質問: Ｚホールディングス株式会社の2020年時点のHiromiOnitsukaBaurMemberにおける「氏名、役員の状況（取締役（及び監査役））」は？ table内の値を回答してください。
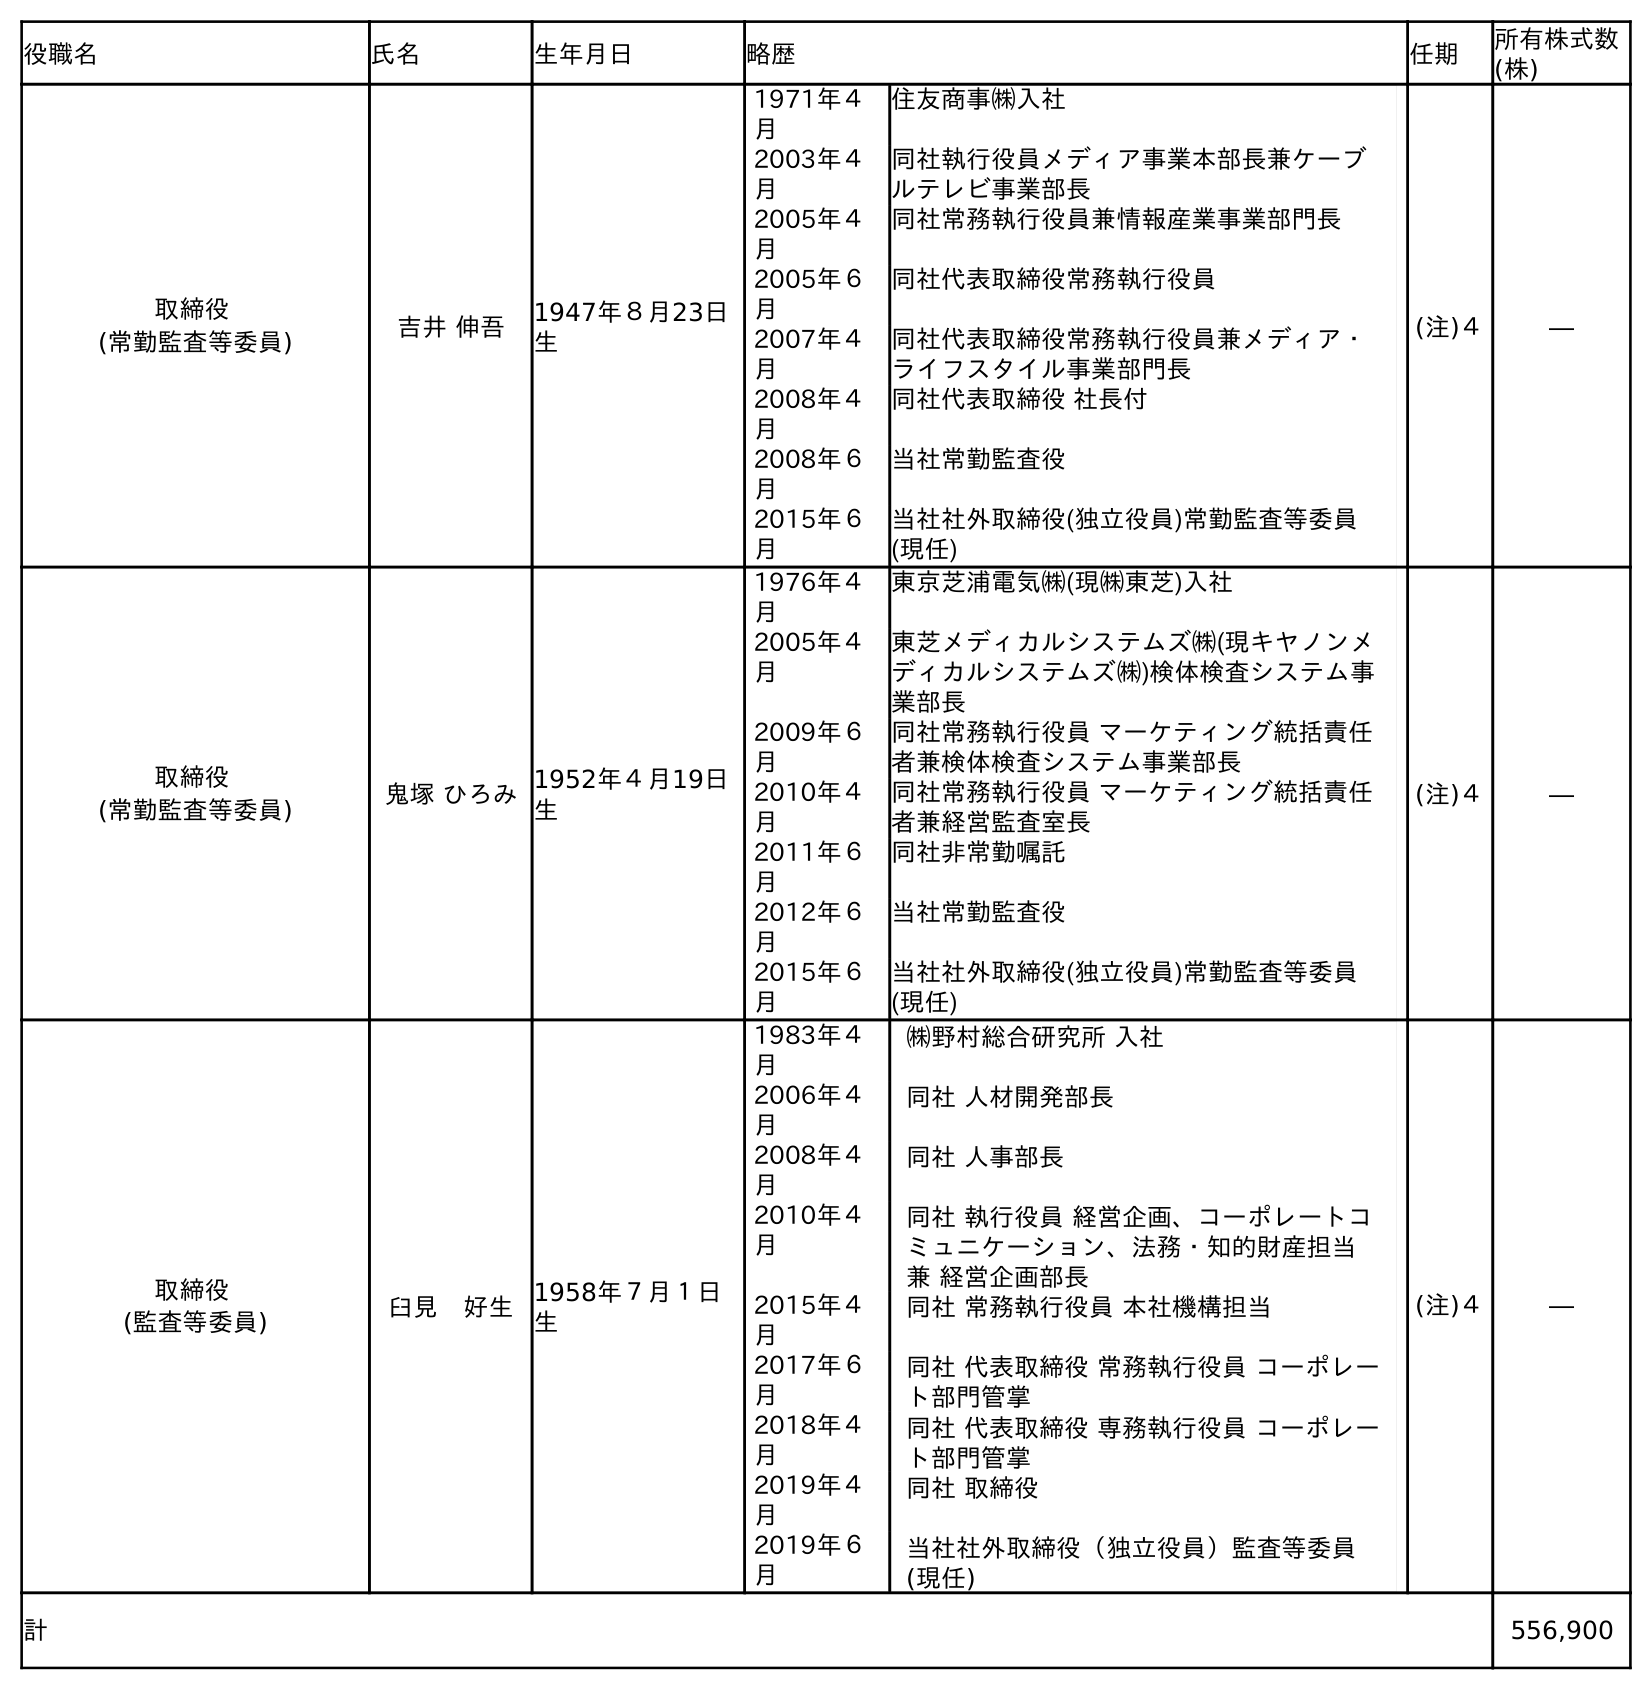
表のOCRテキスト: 役職名 氏名 生年月日 略歴 任期 所有株式数 (株) 取締役 (常勤監査等委員) 吉井 伸吾 1947年８月23日 生 1971年４ 月 住友商事㈱入社 2003年４ 月 同社執行役員メディア事業本部長兼ケーブ ルテレビ事業部長 2005年４ 月 同社常務執行役員兼情報産業事業部門長 2005年６ 月 同社代表取締役常務執行役員 2007年４ 月 同社代表取締役常務執行役員兼メディア・ ライフスタイル事業部門長 2008年４ 月 同社代表取締役 社長付 2008年６ 月 当社常勤監査役 2015年６ 月 当社社外取締役(独立役員)常勤監査等委員 (現任) (注)４ ― 取締役 (常勤監査等委員) 鬼塚 ひろみ1952年４月19日 生 1976年４ 月 東京芝浦電気㈱(現㈱東芝)入社 2005年４ 月 東芝メディカルシステムズ㈱(現キヤノンメ ディカルシステムズ㈱)検体検査システム事 業部長 2009年６ 月 同社常務執行役員 マーケティング統括責任 者兼検体検査システム事業部長 2010年４ 月 同社常務執行役員 マーケティング統括責任 者兼経営監査室長 2011年６ 月 同社非常勤嘱託 2012年６ 月 当社常勤監査役 2015年６ 月 当社社外取締役(独立役員)常勤監査等委員 (現任) (注)４ ― 取締役 (監査等委員) 臼見 好生 1958年７月１日 生 1983年４ 月 ㈱野村総合研究所 入社 2006年４ 月 同社 人材開発部長 2008年４ 月 同社 人事部長 2010年４ 月 同社 執行役員 経営企画、コーポレートコ ミュニケーション、法務・知的財産担当  兼 経営企画部長 2015年４ 月 同社 常務執行役員 本社機構担当 2017年６ 月 同社 代表取締役 常務執行役員 コーポレー ト部門管掌 2018年４ 月 同社 代表取締役 専務執行役員 コーポレー ト部門管掌 2019年４ 月 同社 取締役 2019年６ 月 当社社外取締役（独立役員）監査等委員 (現任) (注)４ ― 計 556,900
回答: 鬼塚 ひろみ